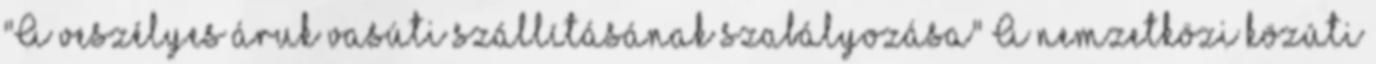
"A veszélyes áruk vasúti szállításának szabályozása" A nemzetközi közúti